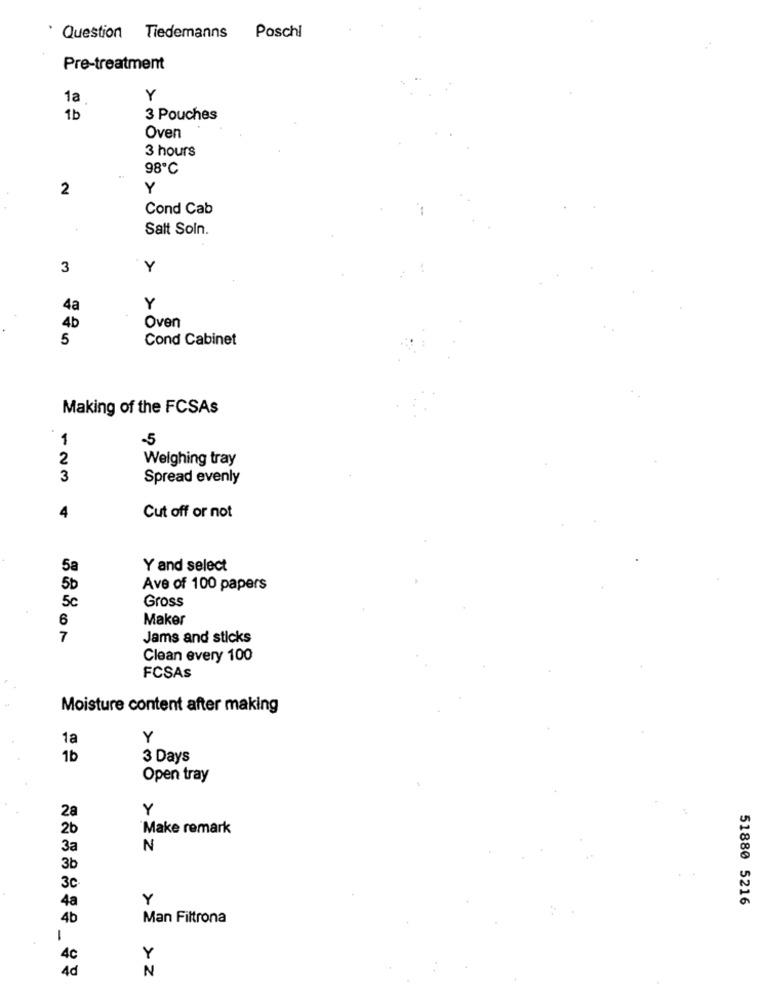
Question Tiedemanns Poschl
Pre-treatment
1a
Y
1b
3 Pouches
Oven
3 hours
98℃
2
Y
Cond Cab
Salt Soin.
3
Y
4a
Y
Oven
4b
5
Cond Cabinet
Making of the FCSAs
1
-5
2
Weighing tray
3
Spread evenly
4
Cut off or not
5a
Y and select
5b
Ave of 100 papers
5c
Gross
6
Maker
7
Jams and sticks
Clean every 100
FCSAs
Moisture content after making
1a
Y
1b
3 Days
Open tray
28
Y
2b
Make remark
3a
N
3b
3c
4a
Y
51880 5216
4b
Man Filtrona
4c
Y
4d
N